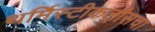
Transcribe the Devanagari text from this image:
थर्मिस्टीकलीसचा